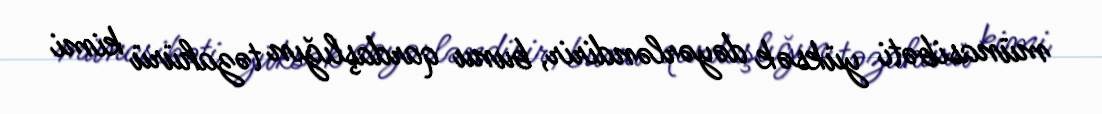
münasibəti yüksək dəyərləndirir, bunu qardaşlığın təzahürü kimi